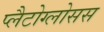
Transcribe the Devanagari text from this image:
प्लैटोग्लोसस